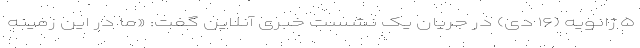
۵ ژانویه (۱۶ دی) در جریان یک نشست خبری آنلاین گفت: «ما در این زمینه